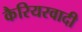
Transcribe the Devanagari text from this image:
कैरियरवादी